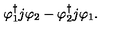
\varphi _ { 1 } ^ { \dag } j \varphi _ { 2 } - \varphi _ { 2 } ^ { \dag } j \varphi _ { 1 } .